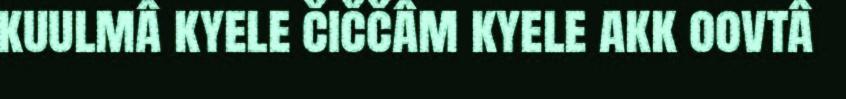
kuulmâ kyele čiččâm kyele akk oovtâ